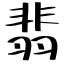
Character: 翡